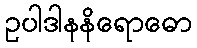
ဥပါဒါနနိရောဓော